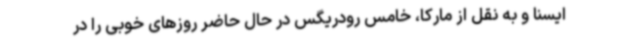
ایسنا و به نقل از مارکا، خامس رودریگس در حال حاضر روزهای خوبی را در